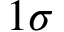
1 \sigma